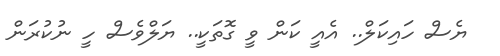
ޔެސް ހައިކަލް.. އެއީ ކަން ވީ ގޮތަކީ.. ޔަލްވެސް ހީ ނުކުރަން